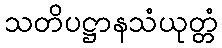
သတိပဋ္ဌာနသံယုတ္တံ